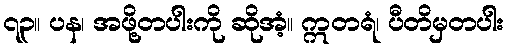
၇၃။ ပန၊ အဖို့တပါးကို ဆိုအံ့။ ဣတရံ၊ ပီတိမှတပါး